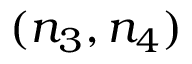
( n _ { 3 } , n _ { 4 } )